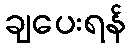
ချပေးရန်